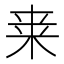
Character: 𭪀